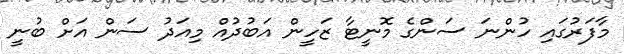
މާފަރުގައި ހުންނަ ސަންގެ މޮނީޓާ ޒަހީން އަބުދުއް މިއަދު ސަން އަށް ބުނީ